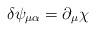
LaTeX: \begin{align*}\delta\psi_{\mu\alpha} = \partial_{\mu}\chi\end{align*}